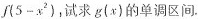
f ( 5 - x ^ { 2 } )$$，试求g(x)的单调区间.